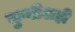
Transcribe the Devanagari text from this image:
कुबीशही